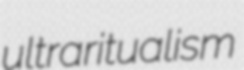
ultraritualism